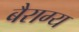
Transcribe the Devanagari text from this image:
बैराग्य